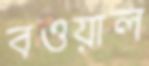
বওয়াল